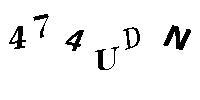
474UDN